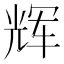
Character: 辉